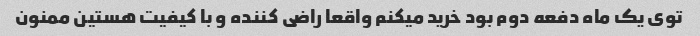
توی یک ماه دفعه دوم بود خرید میکنم واقعا راضی کننده و با کیفیت هستین ممنون